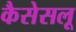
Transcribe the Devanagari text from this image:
कैसेसलू